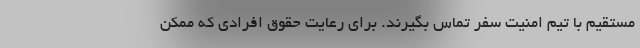
مستقیم با تیم امنیت سفر تماس بگیرند. برای رعایت حقوق افرادی که ممکن